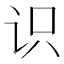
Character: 识